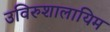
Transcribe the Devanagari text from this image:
उविरुशालायिम